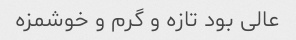
عالی بود تازه و گرم و خوشمزه